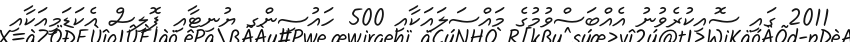
2011 ގައި ސޮއިކުރެވުނު އެއްބަސްވުމުގެ މައްސަލައަކާއި 500 ހައުސިންގ ޔުނިޓާއި ޕޮލިސް އެކަޑަމީއަކާއި